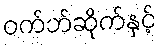
ဝက်ဘ်ဆိုက်နှင့်